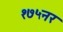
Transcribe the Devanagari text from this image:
१७५नर